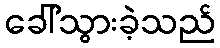
ခေါ်သွားခဲ့သည်